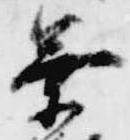
業